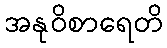
အနုဝိစာရေတိ